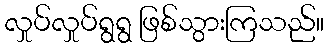
လှုပ်လှုပ်ရွရွ ဖြစ်သွားကြသည်။